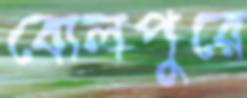
বোলপুরে